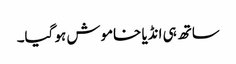
ساتھ ہی انڈیا خاموش ہو گیا۔